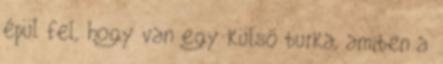
épül fel, hogy van egy külső burka, amiben a